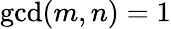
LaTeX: \operatorname*{gcd}(m,n)=1